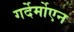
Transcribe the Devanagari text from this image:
गर्देर्मोएन